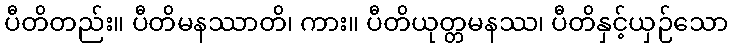
ပီတိတည်း။ ပီတိမနဿာတိ၊ ကား။ ပီတိယုတ္တမနဿ၊ ပီတိနှင့်ယှဉ်သော